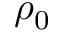
\rho _ { 0 }